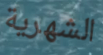
الشهرية